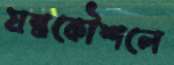
যন্ত্রকৌশলে